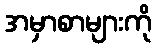
အမှာစာများကို